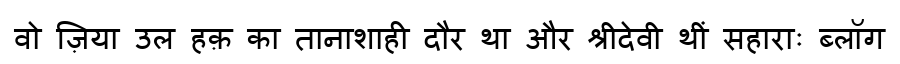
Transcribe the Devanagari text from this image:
वो ज़िया उल हक़ का तानाशाही दौर था और श्रीदेवी थीं सहाराः ब्लॉग